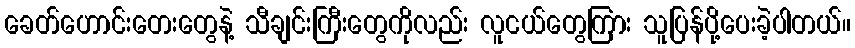
ခေတ်ဟောင်းတေးတွေနဲ့ သီချင်းကြီးတွေကိုလည်း လူငယ်တွေကြား သူပြန်ပို့ပေးခဲ့ပါတယ်။